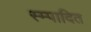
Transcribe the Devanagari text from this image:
स्म्पादित